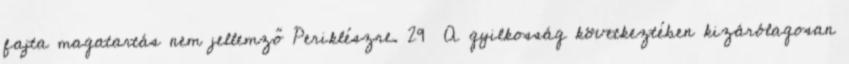
fajta magatartás nem jellemző Periklészre. 29 A gyilkosság következtében kizárólagosan